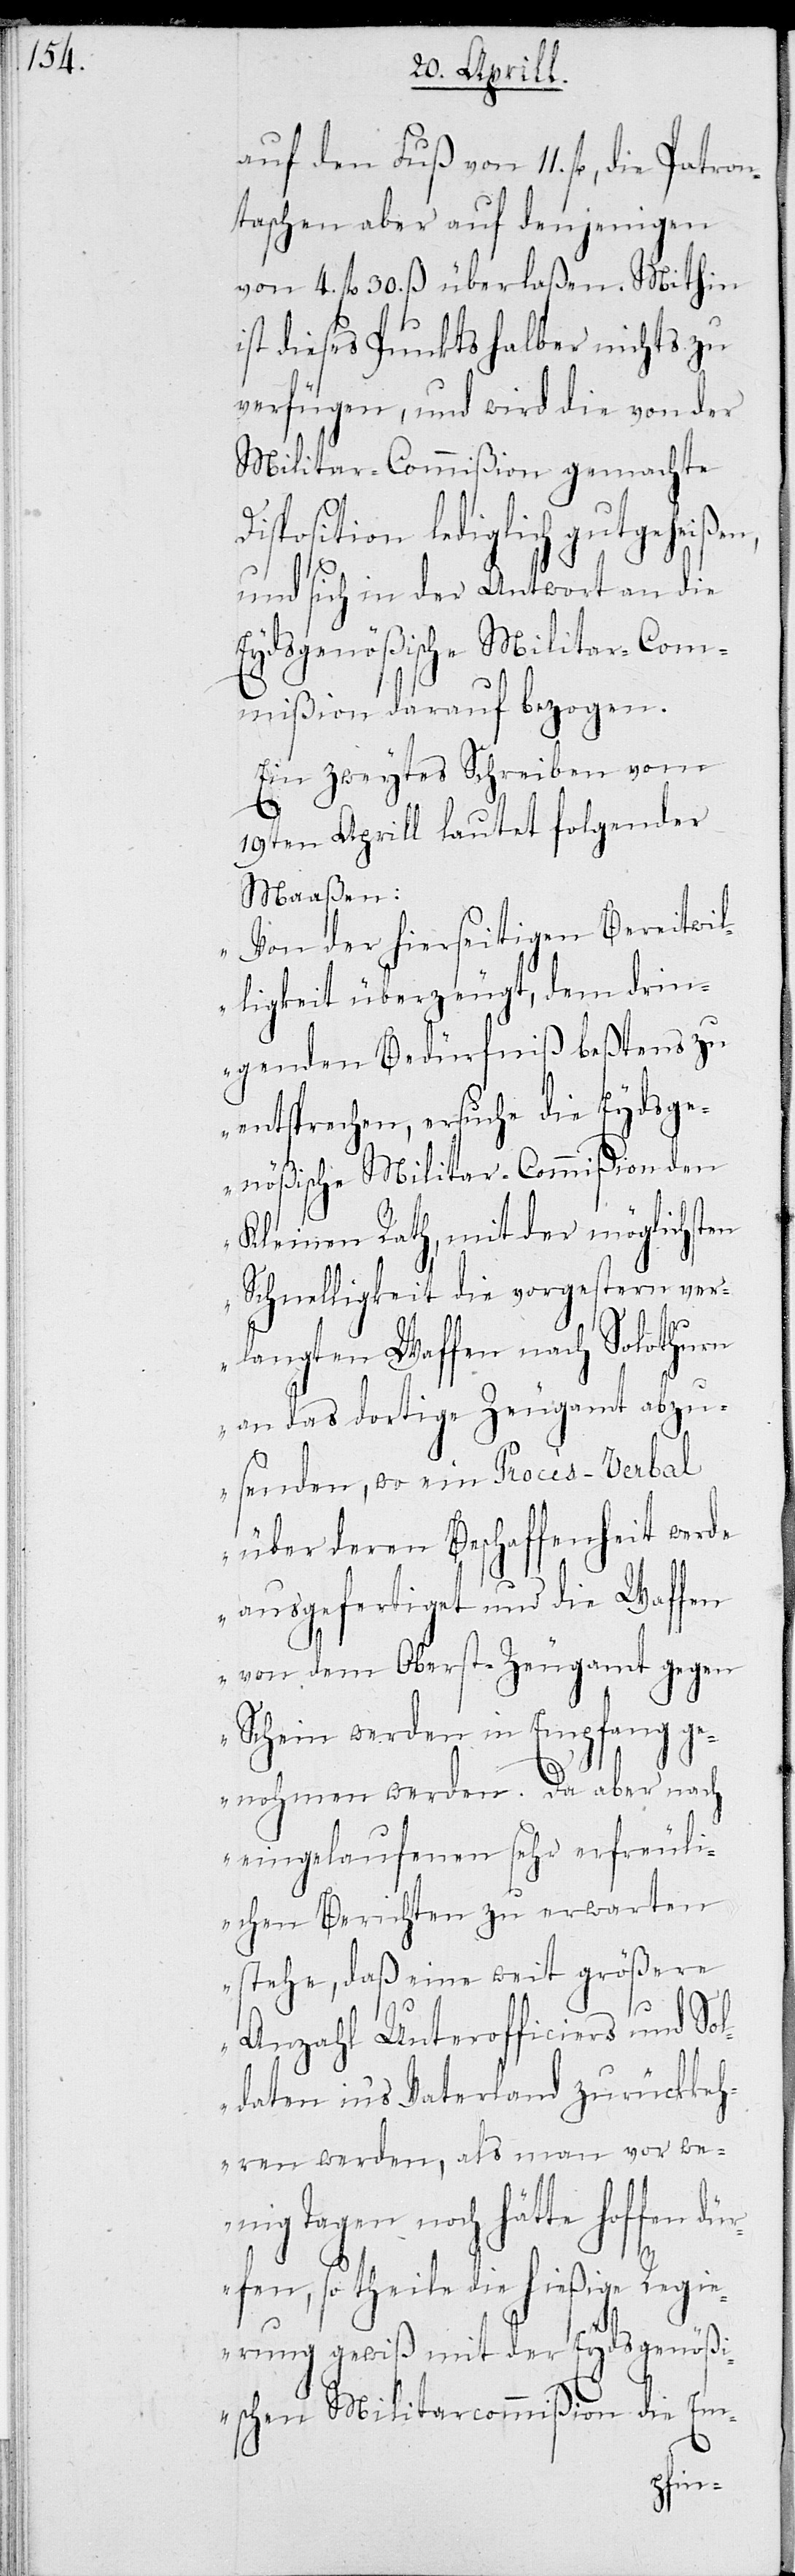
auf den Fuß von 11 fl., die Pat¬
taschen aber auf denjenigen
von 4. fl 30 ß überlaßen. Mithin
ist dieses Punkts halber nichts zu
verfügen, und wird die von der
Militar-Commißion gemachte
Disposition lediglich gutgeheißen,
und sich in der Antwort an die
Eydsgenößische Militar-Com¬
mißion darauf bezogen.
Ein zweytes Schreiben vom
19ten Aprill lautet folgender
Maaßen:
„Von der hierseitigen Bereitwil¬
ligkeit überzeugt, dem drin¬
genden Bedürfniß bestens zu
entsprechen, ersuche die Eydsge¬
nößische Militar-Commißion den
Kleinen Rath, mit der möglichsten
Schnelligkeit die vorgestern ver¬
langten Waffen nach Solothurn
an das dortige Zeugamt abzu¬
senden, wo ein Procès-Verbal
über deren Beschaffenheit werde
ausgefertiget und die Waffen
von dem Oberst-Zeugamt gegen
Schein werden in Empfang g¬
enohmen werden. Da aber nach
eingelaufenen sehr erfreuli¬
chen Berichten zu erwarten
stehe, daß eine weit größere
Anzahl Unterofficiers und Sol¬
daten ins Vaterland zurückkeh¬
ren werden, als man vor we¬
nigen Tagen noch hätte hoffen dü¬
rfen, so theile die hießige Regi¬
erung gewiß mit der Eydsgenößi¬
schen Militarcommißion die Em-
ron¬